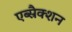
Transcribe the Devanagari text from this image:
एब्स्रैक्शन